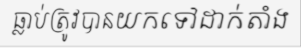
ធ្លាប់ត្រូវបានយកទៅដាក់តាំង